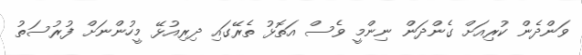
ވަންދެން ކުރިއަށް ގެންދަން ނިންމީ ވެސް އަތޮޅު ތެރޭގައި ދިރިއުޅޭ މީހުންނަށް ފުރުސަތު